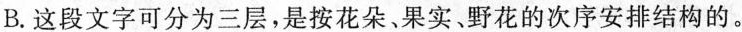
B.这段文字可分为三层，是按花朵。果实、野花的次序安排结构的。